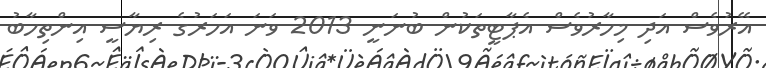
އޭރުވެސް އަދި މިހާރުވެސް އެޕާޓީތަކުން ބުނަނީ 2013 ވަނަ އަހަރުގެ ރިޔާސީ އިންތިހާބު